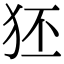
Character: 狉